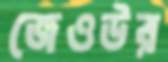
জেওউর